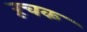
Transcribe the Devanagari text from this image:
रूचक